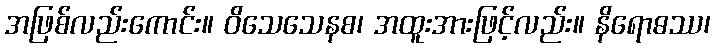
အဖြစ်လည်းကောင်း။ ဝိသေသေနစ၊ အထူးအားဖြင့်လည်း။ နိရောဓဿ၊